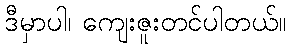
ဒီမှာပါ၊ ကျေးဇူးတင်ပါတယ်။